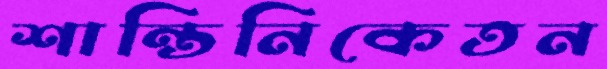
শান্তিনিকেতন